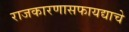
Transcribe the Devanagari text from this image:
राजकारणासफायद्याचे